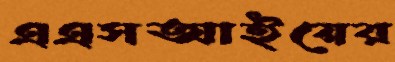
এএসআইয়ের